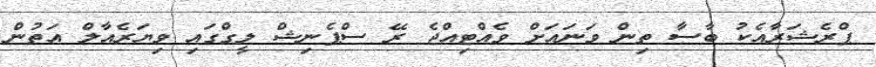
ޕްރެޝަރާއެކު ބާސާ ތިން ވަނައަށް ވެއްޓިއްޖެ ރޭ ސްޕެނިޝް ލީގްގައި ވިޔަރެއާލް އަތުން